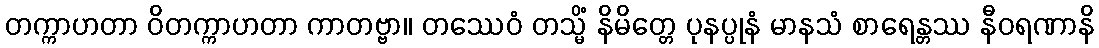
တက္ကာဟတာ ဝိတက္ကာဟတာ ကာတဗ္ဗာ။ တဿေဝံ တသ္မိံ နိမိတ္တေ ပုနပ္ပုနံ မာနသံ စာရေန္တဿ နီဝရဏာနိ